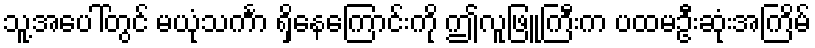
သူ့အပေါ်တွင် မယုံသင်္ကာ ရှိနေကြောင်းကို ဤလူဖြူကြီးက ပထမဦးဆုံးအကြိမ်